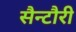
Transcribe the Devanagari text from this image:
सैन्टौरी